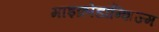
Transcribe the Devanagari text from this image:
माइक्रोडॉन्शिज्म